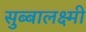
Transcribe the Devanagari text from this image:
सुब्बालक्ष्मी